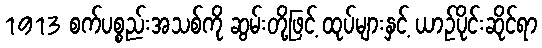
1913 စက်ပစ္စည်းအသစ်ကို ဆွမ်းတို့ဖြင့် ထုပ်များနှင့် ယာဉ်ပိုင်းဆိုင်ရာ